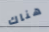
هناك